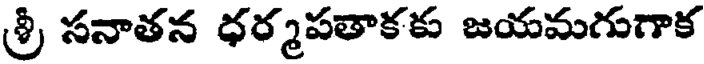
శ్రీ సనాతన ధర్మపతాకకు జయమగుగాక